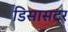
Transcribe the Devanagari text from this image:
डिसासटर